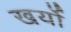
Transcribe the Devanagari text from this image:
खर्यो